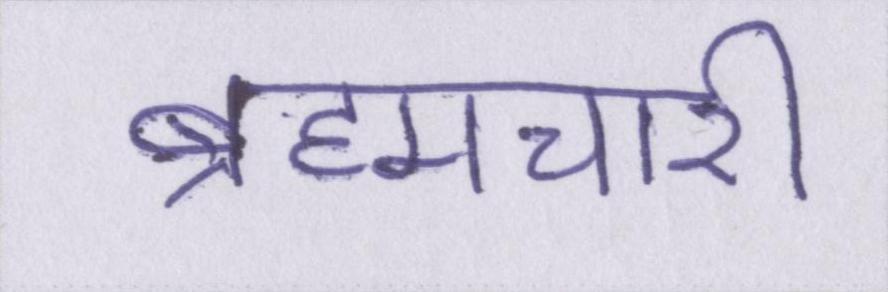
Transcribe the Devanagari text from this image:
ब्रह्मचारी